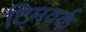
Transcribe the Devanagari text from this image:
टिमवर्क